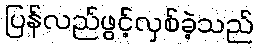
ပြန်လည်ဖွင့်လှစ်ခဲ့သည်